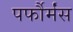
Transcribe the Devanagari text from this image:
पर्फौर्मंस